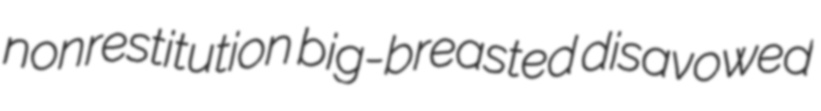
nonrestitution big-breasted disavowed